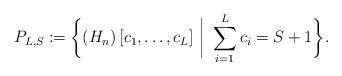
LaTeX: \begin{align*}P_{L,S} \coloneqq \biggl\{ \left(H_n\right) [c_1,\ldots, c_{L}]\ \bigg| \ \sum_{i=1}^{L}c_{i}=S+1 \biggr\}.\end{align*}